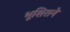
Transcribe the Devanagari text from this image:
भूशिराने